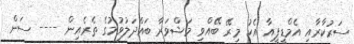
ސަރުކާރާއި އެމްޑީޕީއާ އެކު މިރޭ ބޭއްވި މަޝްވަރާ ބައްދަލުވުމުގެ ތެރެއިން ---- ސަން